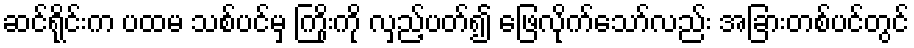
ဆင်ရိုင်းက ပထမ သစ်ပင်မှ ကြိုးကို လှည့်ပတ်၍ ဖြေလိုက်သော်လည်း အခြားတစ်ပင်တွင်